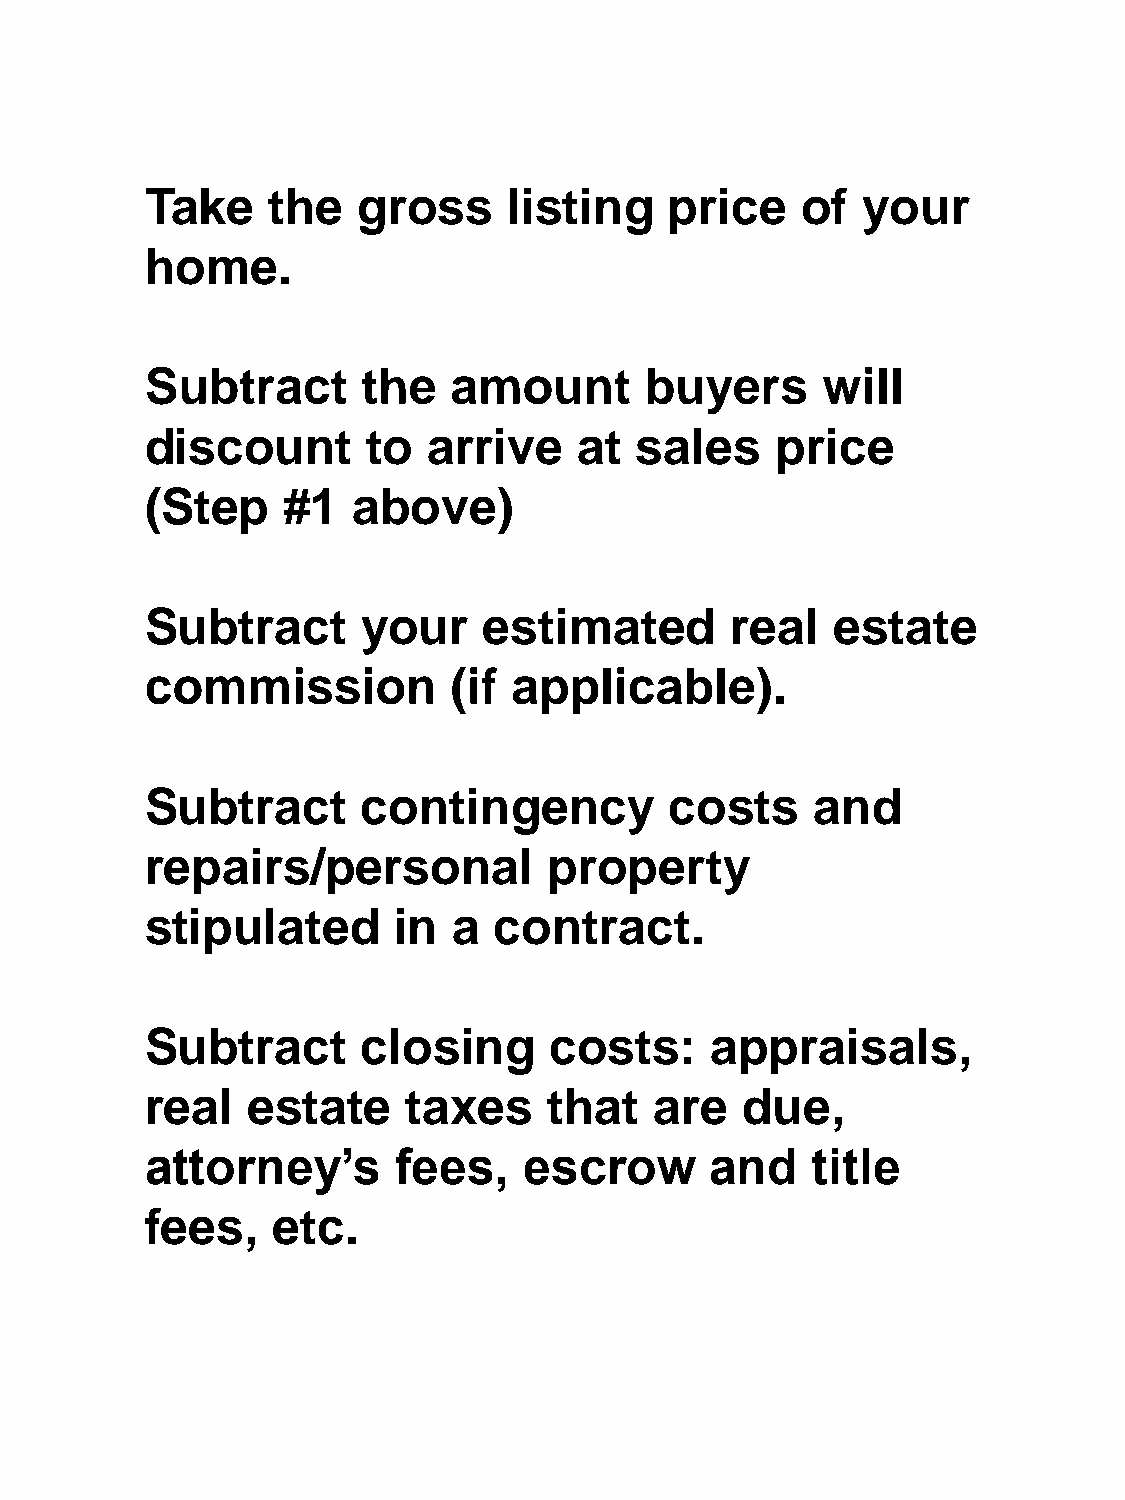
Take    the   gross     listing   price    of  your
 home.
 Subtract      the   amount       buyers     will
 discount      to  arrive    at  sales    price
 (Step    #1  above)
 Subtract      your    estimated       real   estate
 commission          (if applicable).
 Subtract      contingency         costs     and
 repairs/personal          property
 stipulated      in  a  contract.
 Subtract      closing     costs:     appraisals,
 real  estate     taxes    that   are   due,
 attorney’s      fees,    escrow      and    title
 fees,   etc.